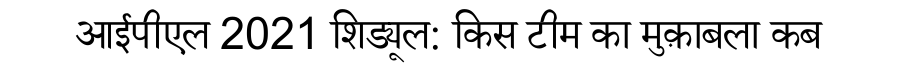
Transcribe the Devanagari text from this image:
आईपीएल 2021 शिड्यूल: किस टीम का मुक़ाबला कब